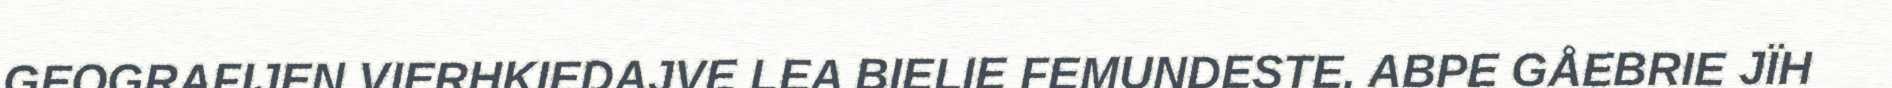
GEOGRAFIJEN VIERHKIEDAJVE LEA BIELIE FEMUNDESTE, ABPE GÅEBRIE JÏH